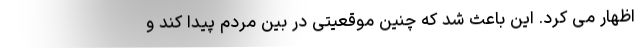
اظهار می کرد. این باعث شد که چنین موقعیتی در بین مردم پیدا کند و